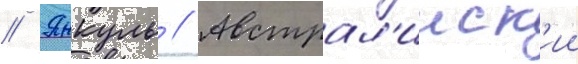
// Янкуль // Австрал'ииск'ии